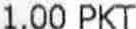
1.00 PKT